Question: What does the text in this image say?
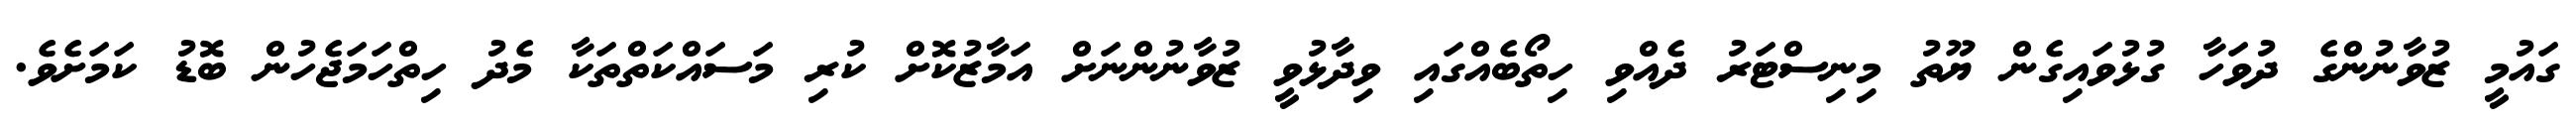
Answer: ގައުމީ ޒުވާނުންގެ ދުވަހާ ގުޅުވައިގެން ޔޫތު މިނިސްޓަރު ދެއްވި ހިތޯބެއްގައި ވިދާޅުވީ ޒުވާނުންނަށް އަމާޒުކޮށް ކުރި މަސައްކަތްތަކާ މެދު ހިތްހަމަޖެހުން ބޮޑު ކަމަށެވެ.